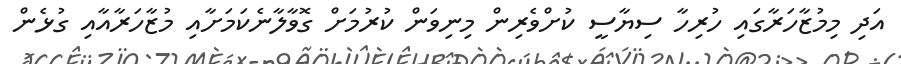
އަދި މިމުޒާހަރާގައި ހުރިހާ ސިޔާސީ ކުށްވެރިން މިނިވަން ކުރުމަށް ގޮވާލާނެކަމަށާއި މުޒާހަރާއާއި ގުޅެން